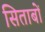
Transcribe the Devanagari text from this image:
सिताबों